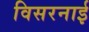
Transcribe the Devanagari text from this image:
विसरनाई